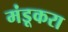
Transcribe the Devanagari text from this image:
मंडूकरा